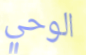
الوحي